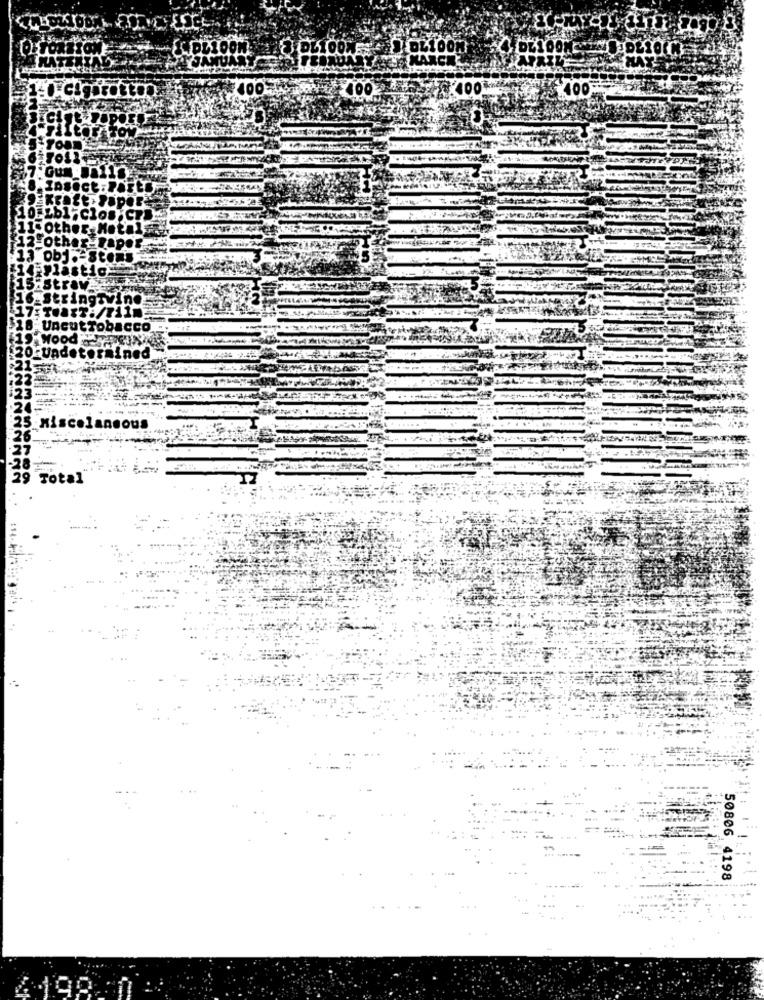
OPL100 .: DIOL1000
100 100
CCO
OrVadete
5 Miscelaneous
26
-28-
29 Total
50806 4198